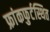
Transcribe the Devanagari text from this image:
फ्रांकफुर्टस्थित